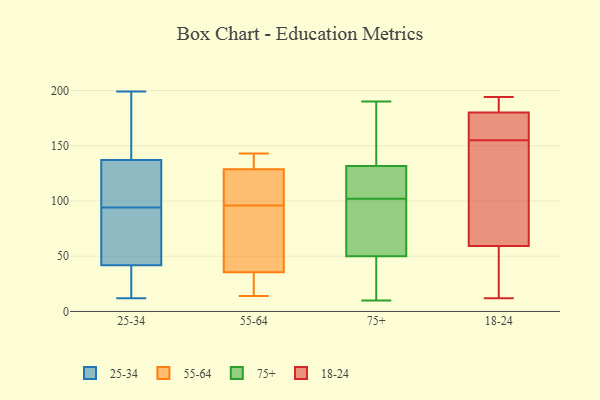
{"axis": {"x": "Active Users", "y": "Value"}, "legend": ["18-24", "25-34", "55-64", "75+"], "data": [{"x": "", "y": 14, "type": "25-34"}, {"x": "", "y": 199, "type": "25-34"}, {"x": "", "y": 140, "type": "25-34"}, {"x": "", "y": 69, "type": "25-34"}, {"x": "", "y": 45, "type": "25-34"}, {"x": "", "y": 106, "type": "25-34"}, {"x": "", "y": 44, "type": "25-34"}, {"x": "", "y": 41, "type": "25-34"}, {"x": "", "y": 133, "type": "25-34"}, {"x": "", "y": 12, "type": "25-34"}, {"x": "", "y": 54, "type": "25-34"}, {"x": "", "y": 186, "type": "25-34"}, {"x": "", "y": 112, "type": "25-34"}, {"x": "", "y": 21, "type": "25-34"}, {"x": "", "y": 94, "type": "25-34"}, {"x": "", "y": 138, "type": "25-34"}, {"x": "", "y": 134, "type": "25-34"}, {"x": "", "y": 33, "type": "25-34"}, {"x": "", "y": 144, "type": "25-34"}, {"x": "", "y": 14, "type": "55-64"}, {"x": "", "y": 30, "type": "55-64"}, {"x": "", "y": 96, "type": "55-64"}, {"x": "", "y": 52, "type": "55-64"}, {"x": "", "y": 65, "type": "55-64"}, {"x": "", "y": 141, "type": "55-64"}, {"x": "", "y": 143, "type": "55-64"}, {"x": "", "y": 131, "type": "55-64"}, {"x": "", "y": 25, "type": "55-64"}, {"x": "", "y": 122, "type": "55-64"}, {"x": "", "y": 120, "type": "55-64"}, {"x": "", "y": 102, "type": "75+"}, {"x": "", "y": 136, "type": "75+"}, {"x": "", "y": 109, "type": "75+"}, {"x": "", "y": 40, "type": "75+"}, {"x": "", "y": 81, "type": "75+"}, {"x": "", "y": 10, "type": "75+"}, {"x": "", "y": 190, "type": "75+"}, {"x": "", "y": 56, "type": "75+"}, {"x": "", "y": 174, "type": "75+"}, {"x": "", "y": 119, "type": "75+"}, {"x": "", "y": 46, "type": "75+"}, {"x": "", "y": 164, "type": "75+"}, {"x": "", "y": 29, "type": "75+"}, {"x": "", "y": 148, "type": "75+"}, {"x": "", "y": 110, "type": "75+"}, {"x": "", "y": 118, "type": "75+"}, {"x": "", "y": 91, "type": "75+"}, {"x": "", "y": 89, "type": "75+"}, {"x": "", "y": 48, "type": "75+"}, {"x": "", "y": 47, "type": "18-24"}, {"x": "", "y": 63, "type": "18-24"}, {"x": "", "y": 181, "type": "18-24"}, {"x": "", "y": 194, "type": "18-24"}, {"x": "", "y": 155, "type": "18-24"}, {"x": "", "y": 12, "type": "18-24"}, {"x": "", "y": 177, "type": "18-24"}, {"x": "", "y": 58, "type": "18-24"}, {"x": "", "y": 159, "type": "18-24"}, {"x": "", "y": 150, "type": "18-24"}, {"x": "", "y": 188, "type": "18-24"}]}